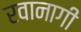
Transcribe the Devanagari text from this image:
रवानागी